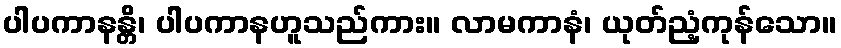
ပါပကာနန္တိ၊ ပါပကာနဟူသည်ကား။ လာမကာနံ၊ ယုတ်ညံ့ကုန်သော။